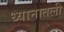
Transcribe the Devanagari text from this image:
ध्यानातली